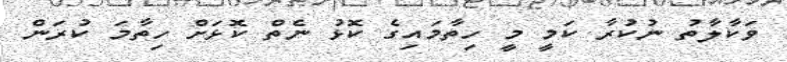
ވަކާލާތު ނުކުރާ ކަމީ މީ ހިތާމައިގެ ކޮޅު ނެތް ކޮޅަށް ހިތާމަ ކުރަން